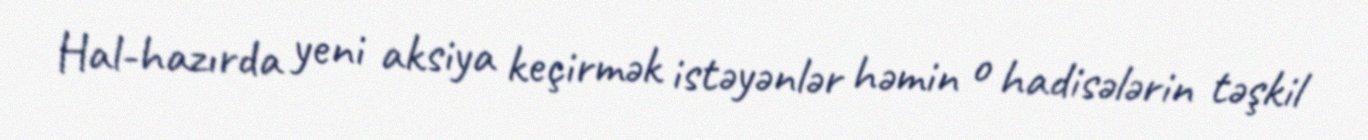
Hal-hazırda yeni aksiya keçirmək istəyənlər həmin o hadisələrin təşkil